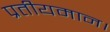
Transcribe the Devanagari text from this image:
प्रतीयमान।